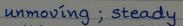
unmoving ; steady